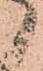
々